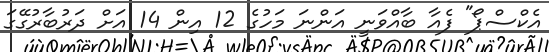
އެކްސްޕޯ" ފެއާ ބާއްވަނީ އަންނަ މަހުގެ 12 އިން 14 އަށް ދަރުބާރުގޭގަ